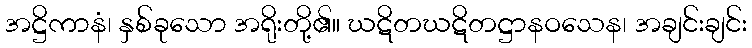
အဋ္ဌိကာနံ၊ နှစ်ခုသော အရိုးတို့၏။ ဃဋိတဃဋိတဋ္ဌာနဝသေန၊ အချင်းချင်း